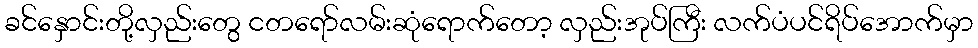
ခင်နှောင်းတို့လှည်းတွေ ငတရော်လမ်းဆုံရောက်တော့ လှည်းအုပ်ကြီး လက်ပံပင်ရိပ်အောက်မှာ